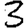
Digit: 3